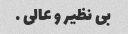
بی نظیر و عالی …